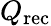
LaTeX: Q_{\mathrm{rec}}